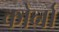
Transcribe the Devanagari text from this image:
कोर्ना